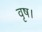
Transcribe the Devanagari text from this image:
वृष।